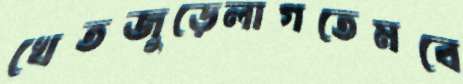
খেতজুড়েলাগতেমবে